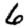
Digit: 6